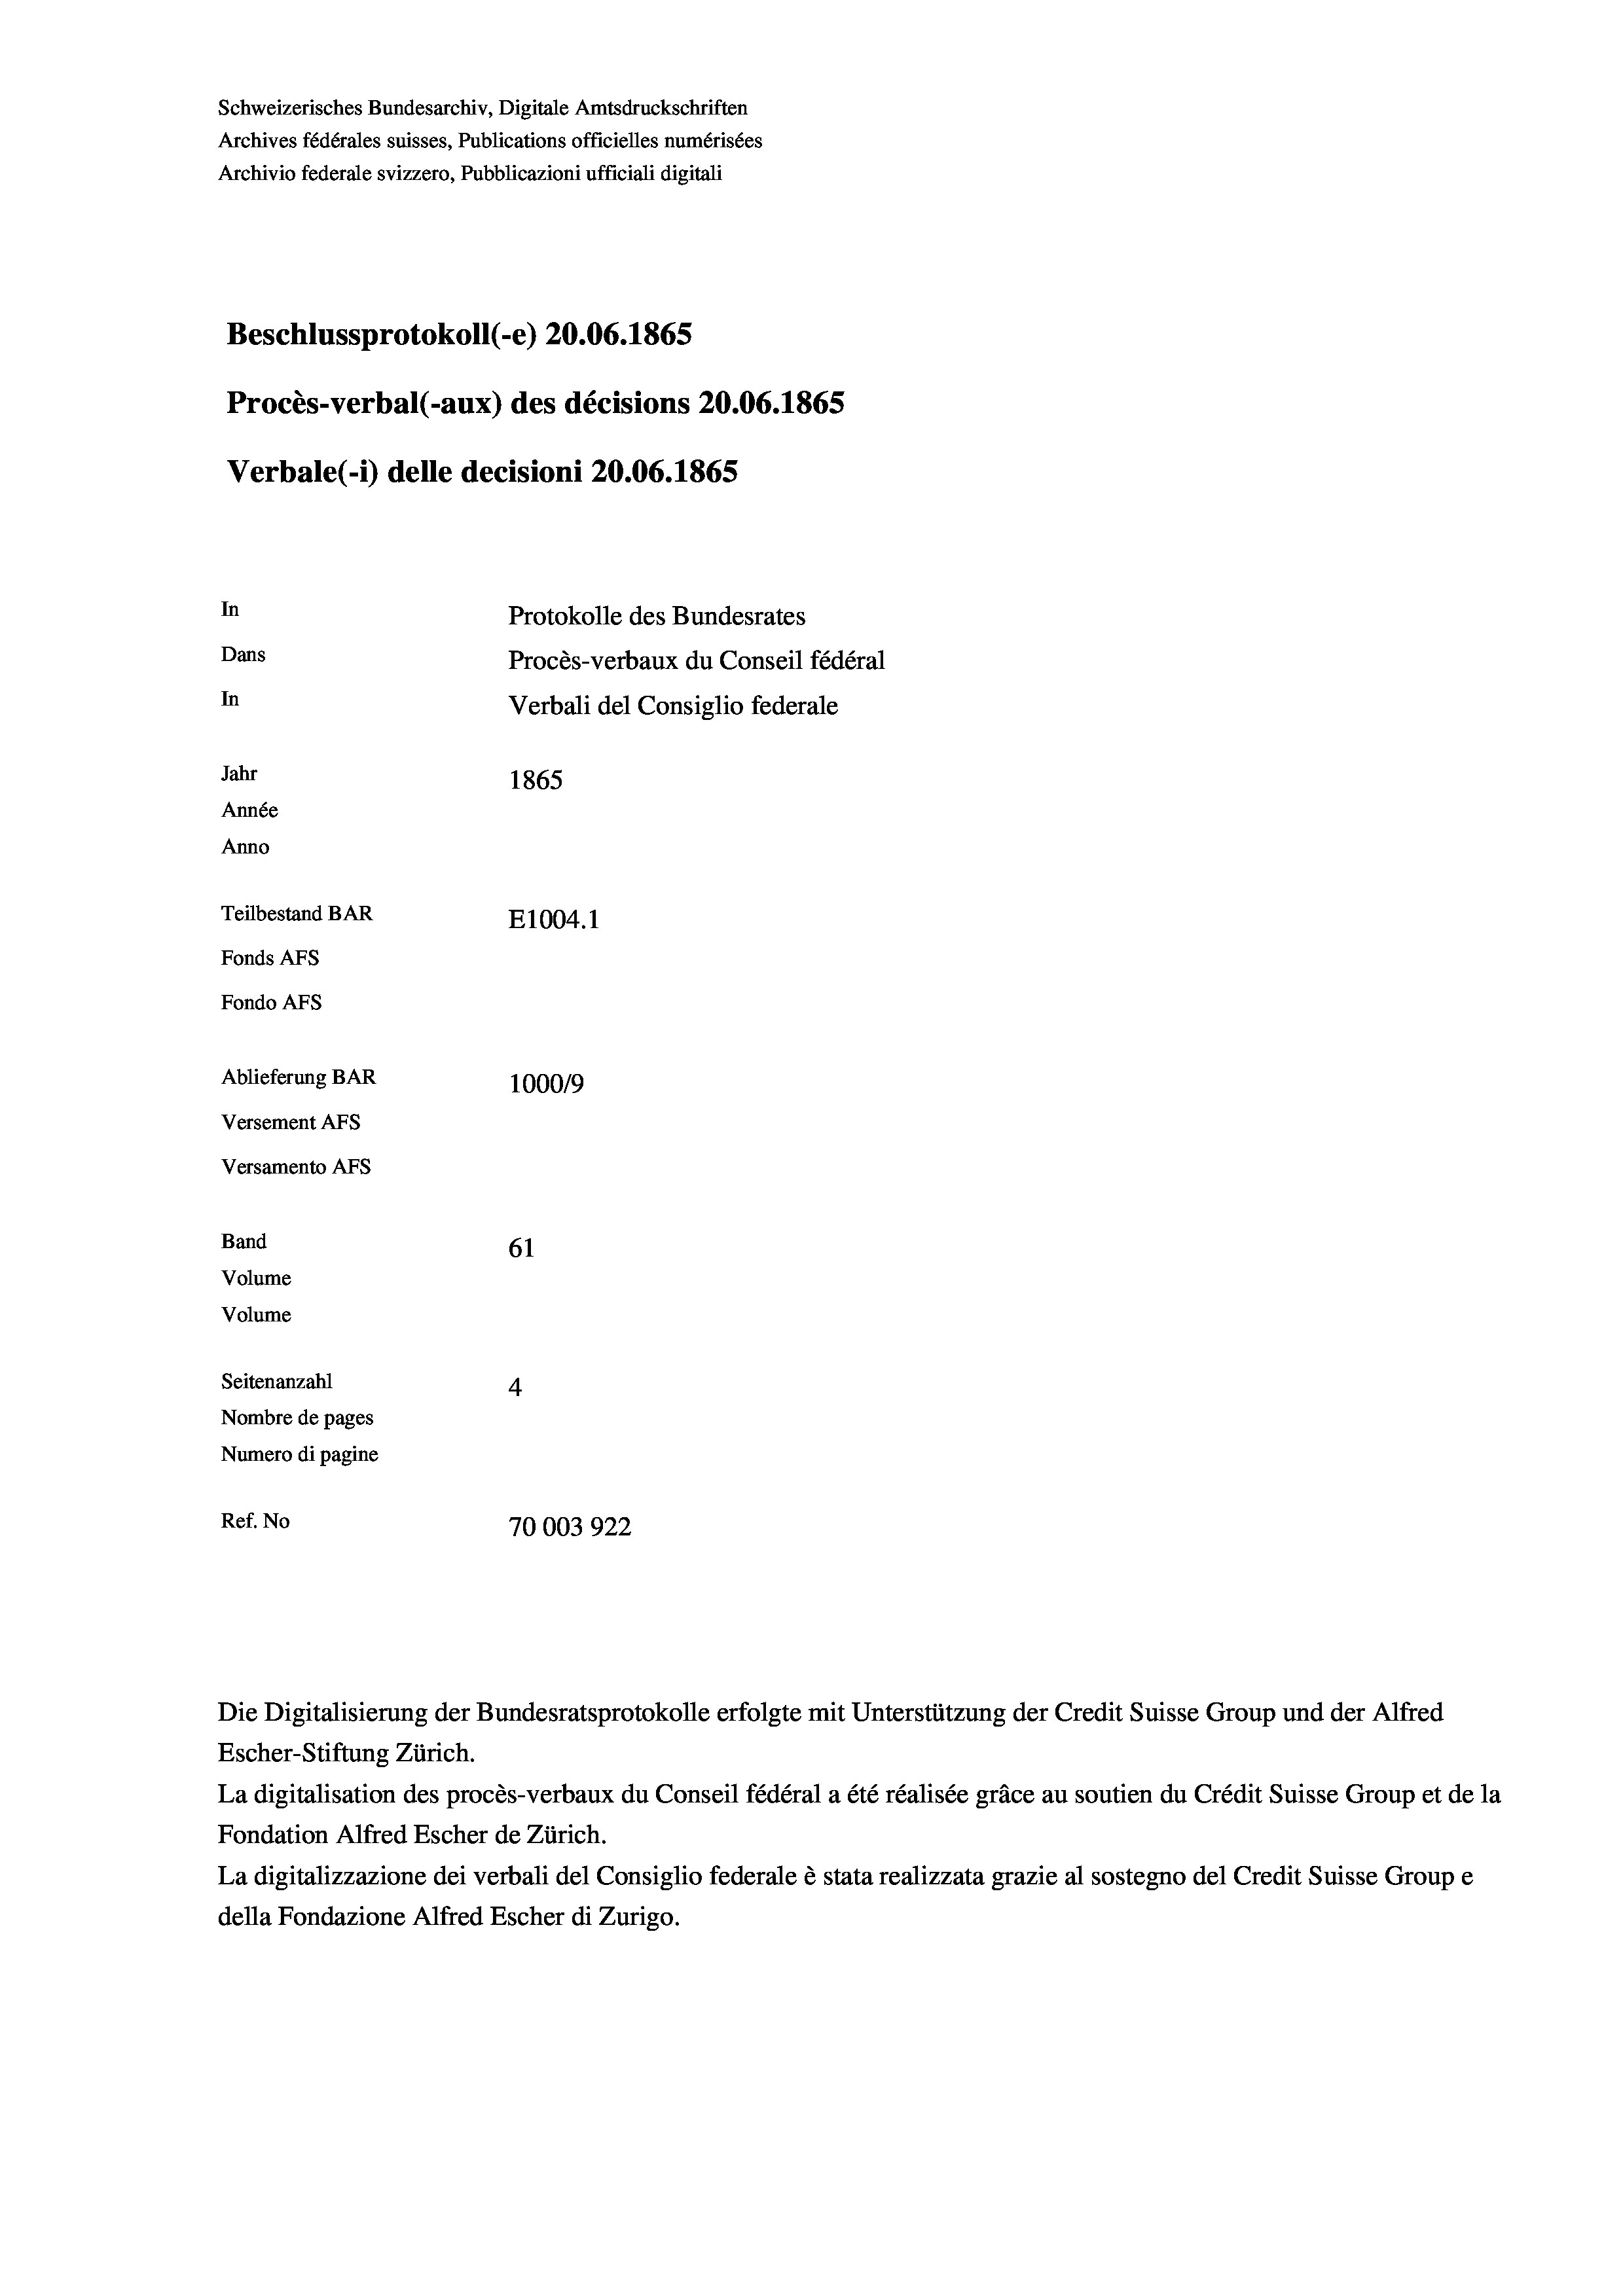
Schweizerisches Bundesarchiv, Digitale Amtsdruckschriften
Archives fédérales suisses, Publications officielles numérisées
Archivio federale svizzero, Pubblicazioni ufficiali digitali
Beschlussprotokoll (-e) 20.06. 1865
Procès-verbal (-aux) des décisions 20.06. 1865
Verbale (i) delle decisioni 20.06. 1865
In
Protokolle des Bundesrates
Dans
Procès-verbaux du Conseil fédéral
In
Verbali del Consiglio federale
Jahr
1865
Année
Anno
Teilbestand BAR
E1004.1
Fonds AFs
Fondo AFS
Ablieferung BAR
100019
Versement Abs
Versamento Afs
Band
61
Volume
Volume

Seitenanzahl
4
Nombre de pages
Numero di pagine
Ref. No
70003922

Escher-Stiftung Zürich.
La digitalisation des procès-verbaux du Conseil fédéral a été réalisée gräce au soutien du Crédit Suisse Group et de la
Fondation Alfred Escher de Zürich.
La digitalizzazione dei verbali del Consiglio federale è stata realizzata grazie al sostegno del Credit Suisse Groupe
della Fondazione Alfred Escher di Zurigo.

Die Digitalisierung der Bundesratsprotokolle erfolgte mit Unterstützung der Credit Suisse Group und der Alfred